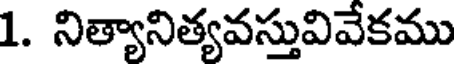
1. నిత్యానిత్యవస్తువివేకము